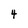
Character: 4